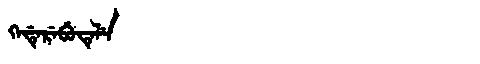
Manchu: ᡴᡝᡩᡝᡵᡝᠪᡠᡨᡝᠯᡝ
Romanization: KEDEREBUTELE